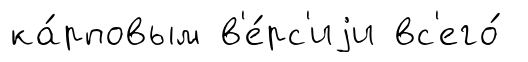
ка́рповым в'е́рс'иjи вс'его́